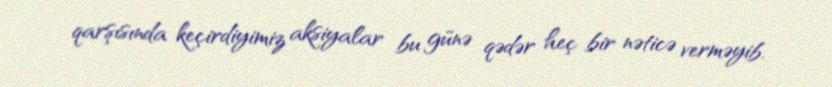
qarşısında keçirdiyimiz aksiyalar bu günə qədər heç bir nəticə verməyib.